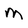
Character: m